65_HS1-834228961_62-HQ-83894_Serial_438
Agency: FBI
Page 16
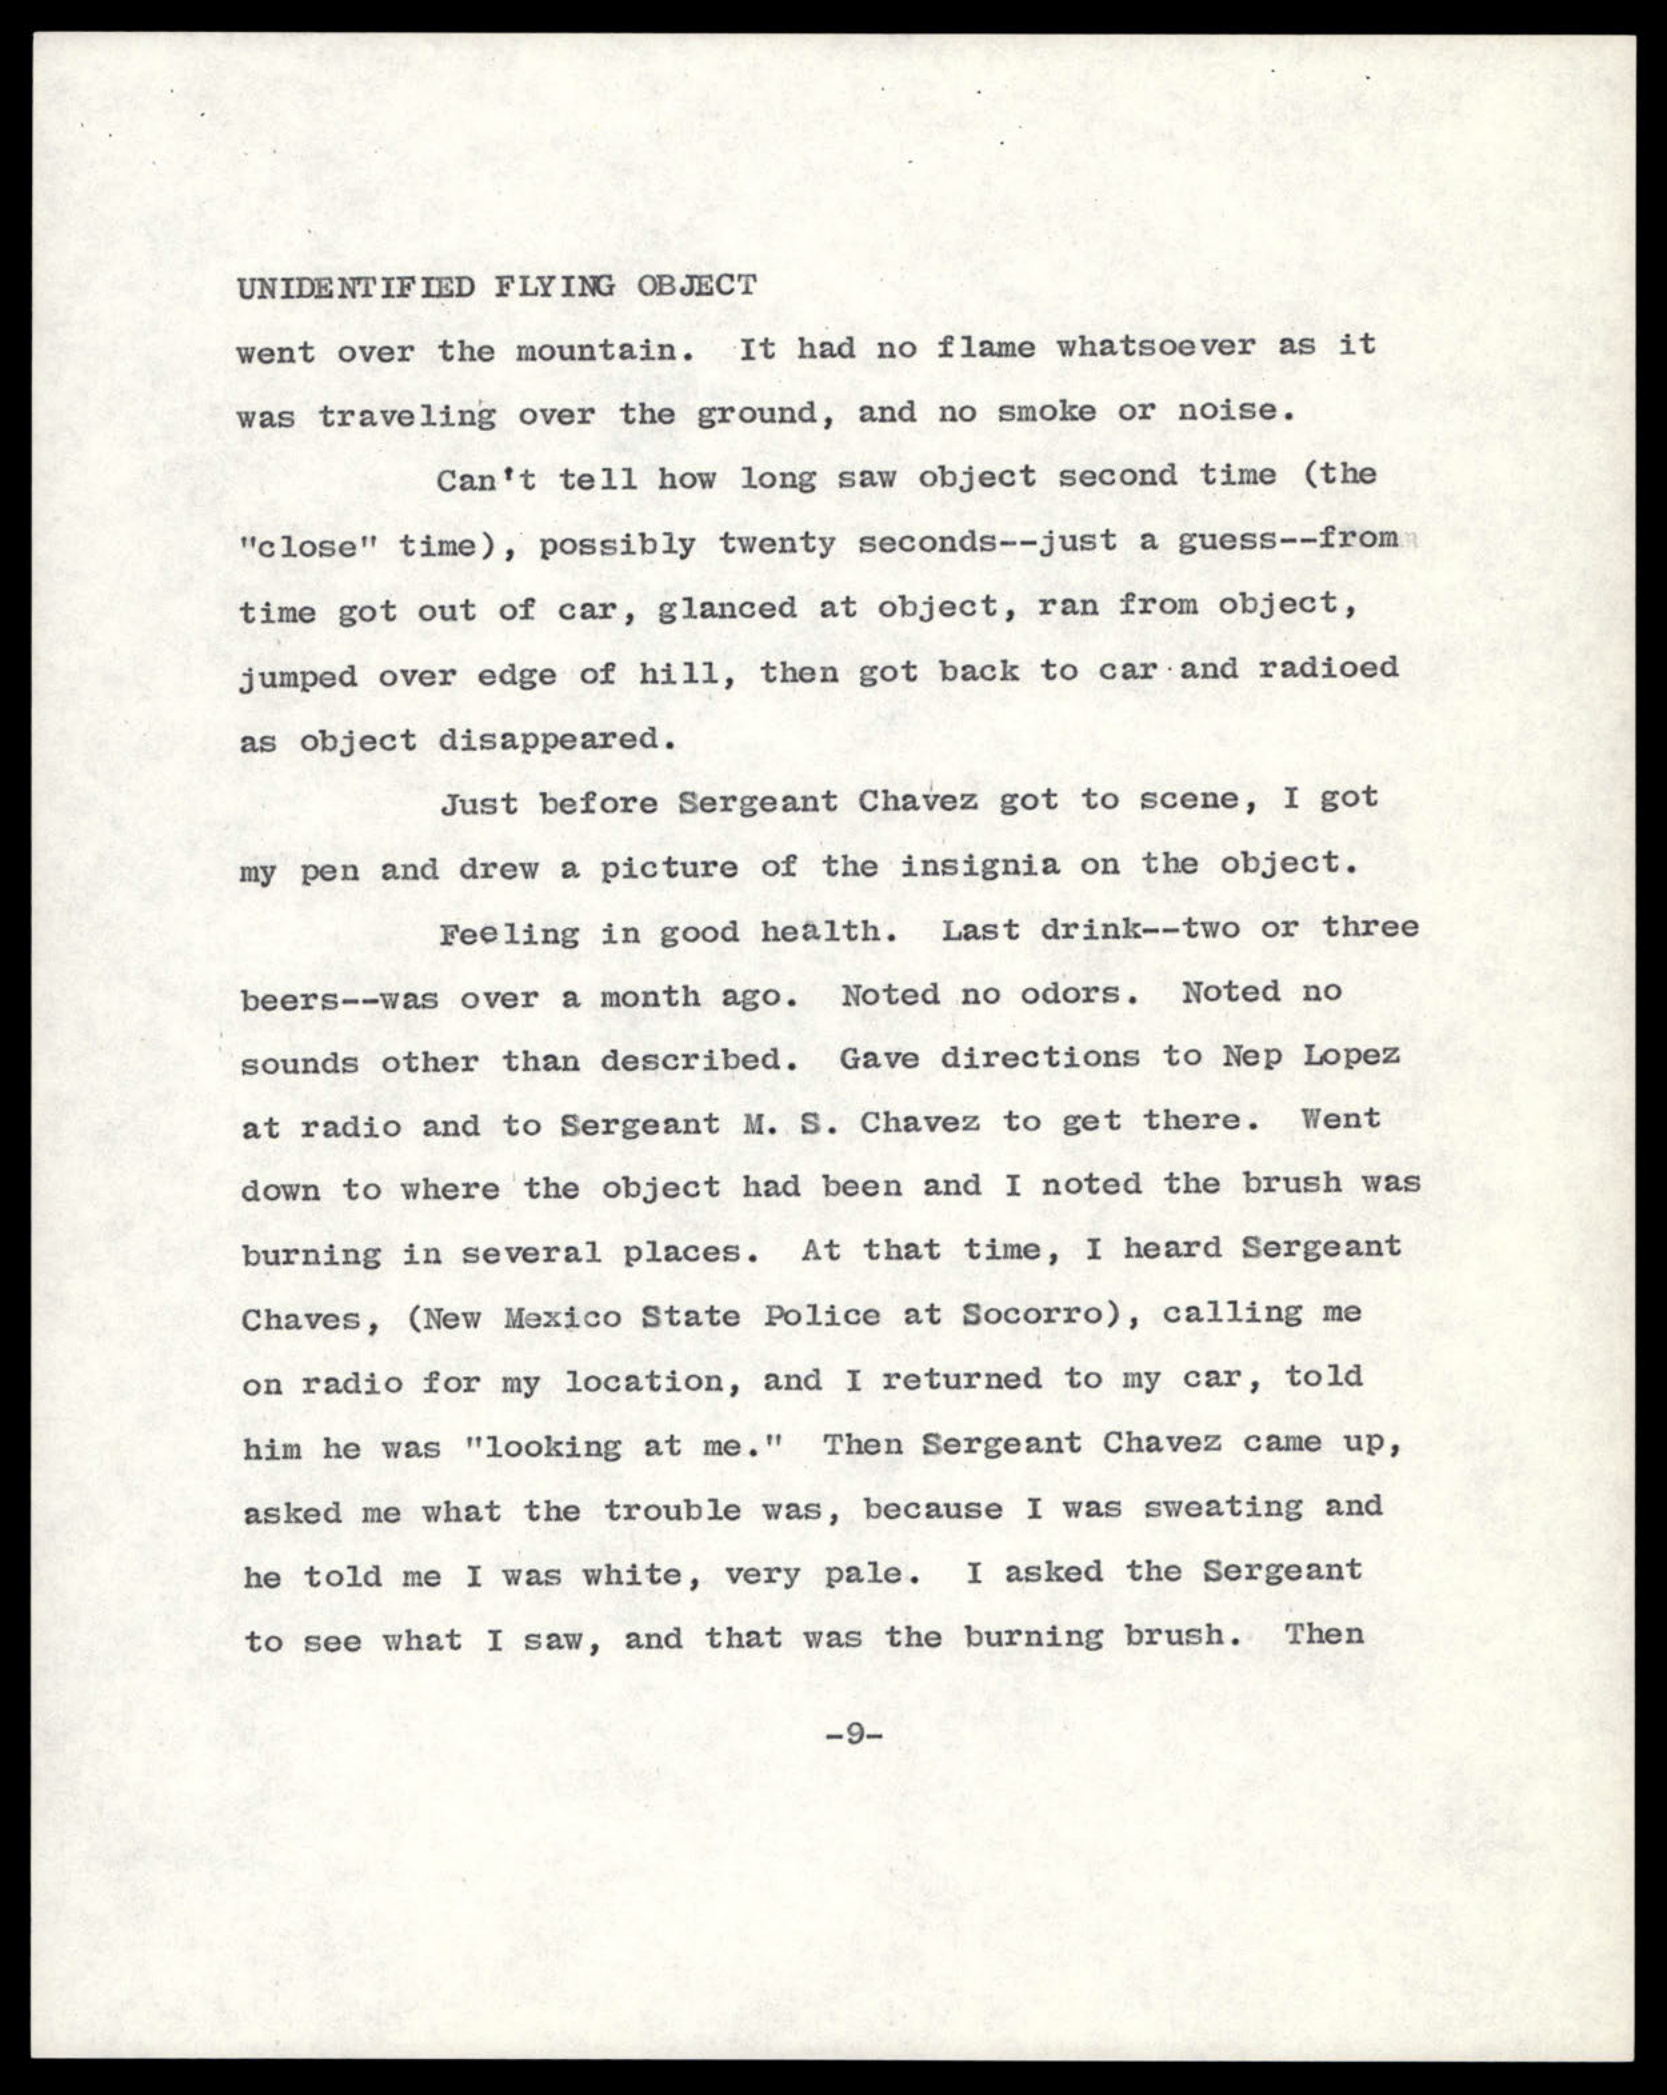